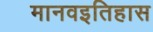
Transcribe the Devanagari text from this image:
मानवइतिहास